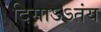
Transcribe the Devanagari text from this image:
दिसाऽऽतंय